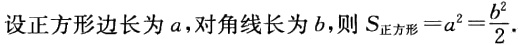
设正方形边长为\(a\)，对角线长为\(b\)，则\(S_{正方形}=a^{2}=\frac{b^{2}}{2}\)。